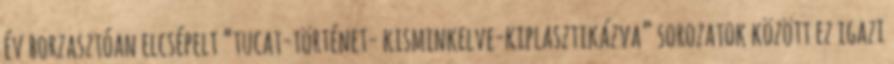
év borzasztóan elcsépelt “tucat-történet- kisminkelve-kiplasztikázva” sorozatok között ez igazi